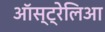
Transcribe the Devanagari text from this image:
ऑस्ट्रेलिआ